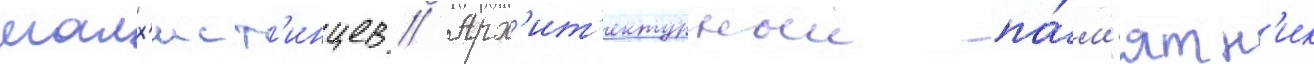
малх'ист'инцев // Арх'ит'ектурныи па́м'ятн'ик